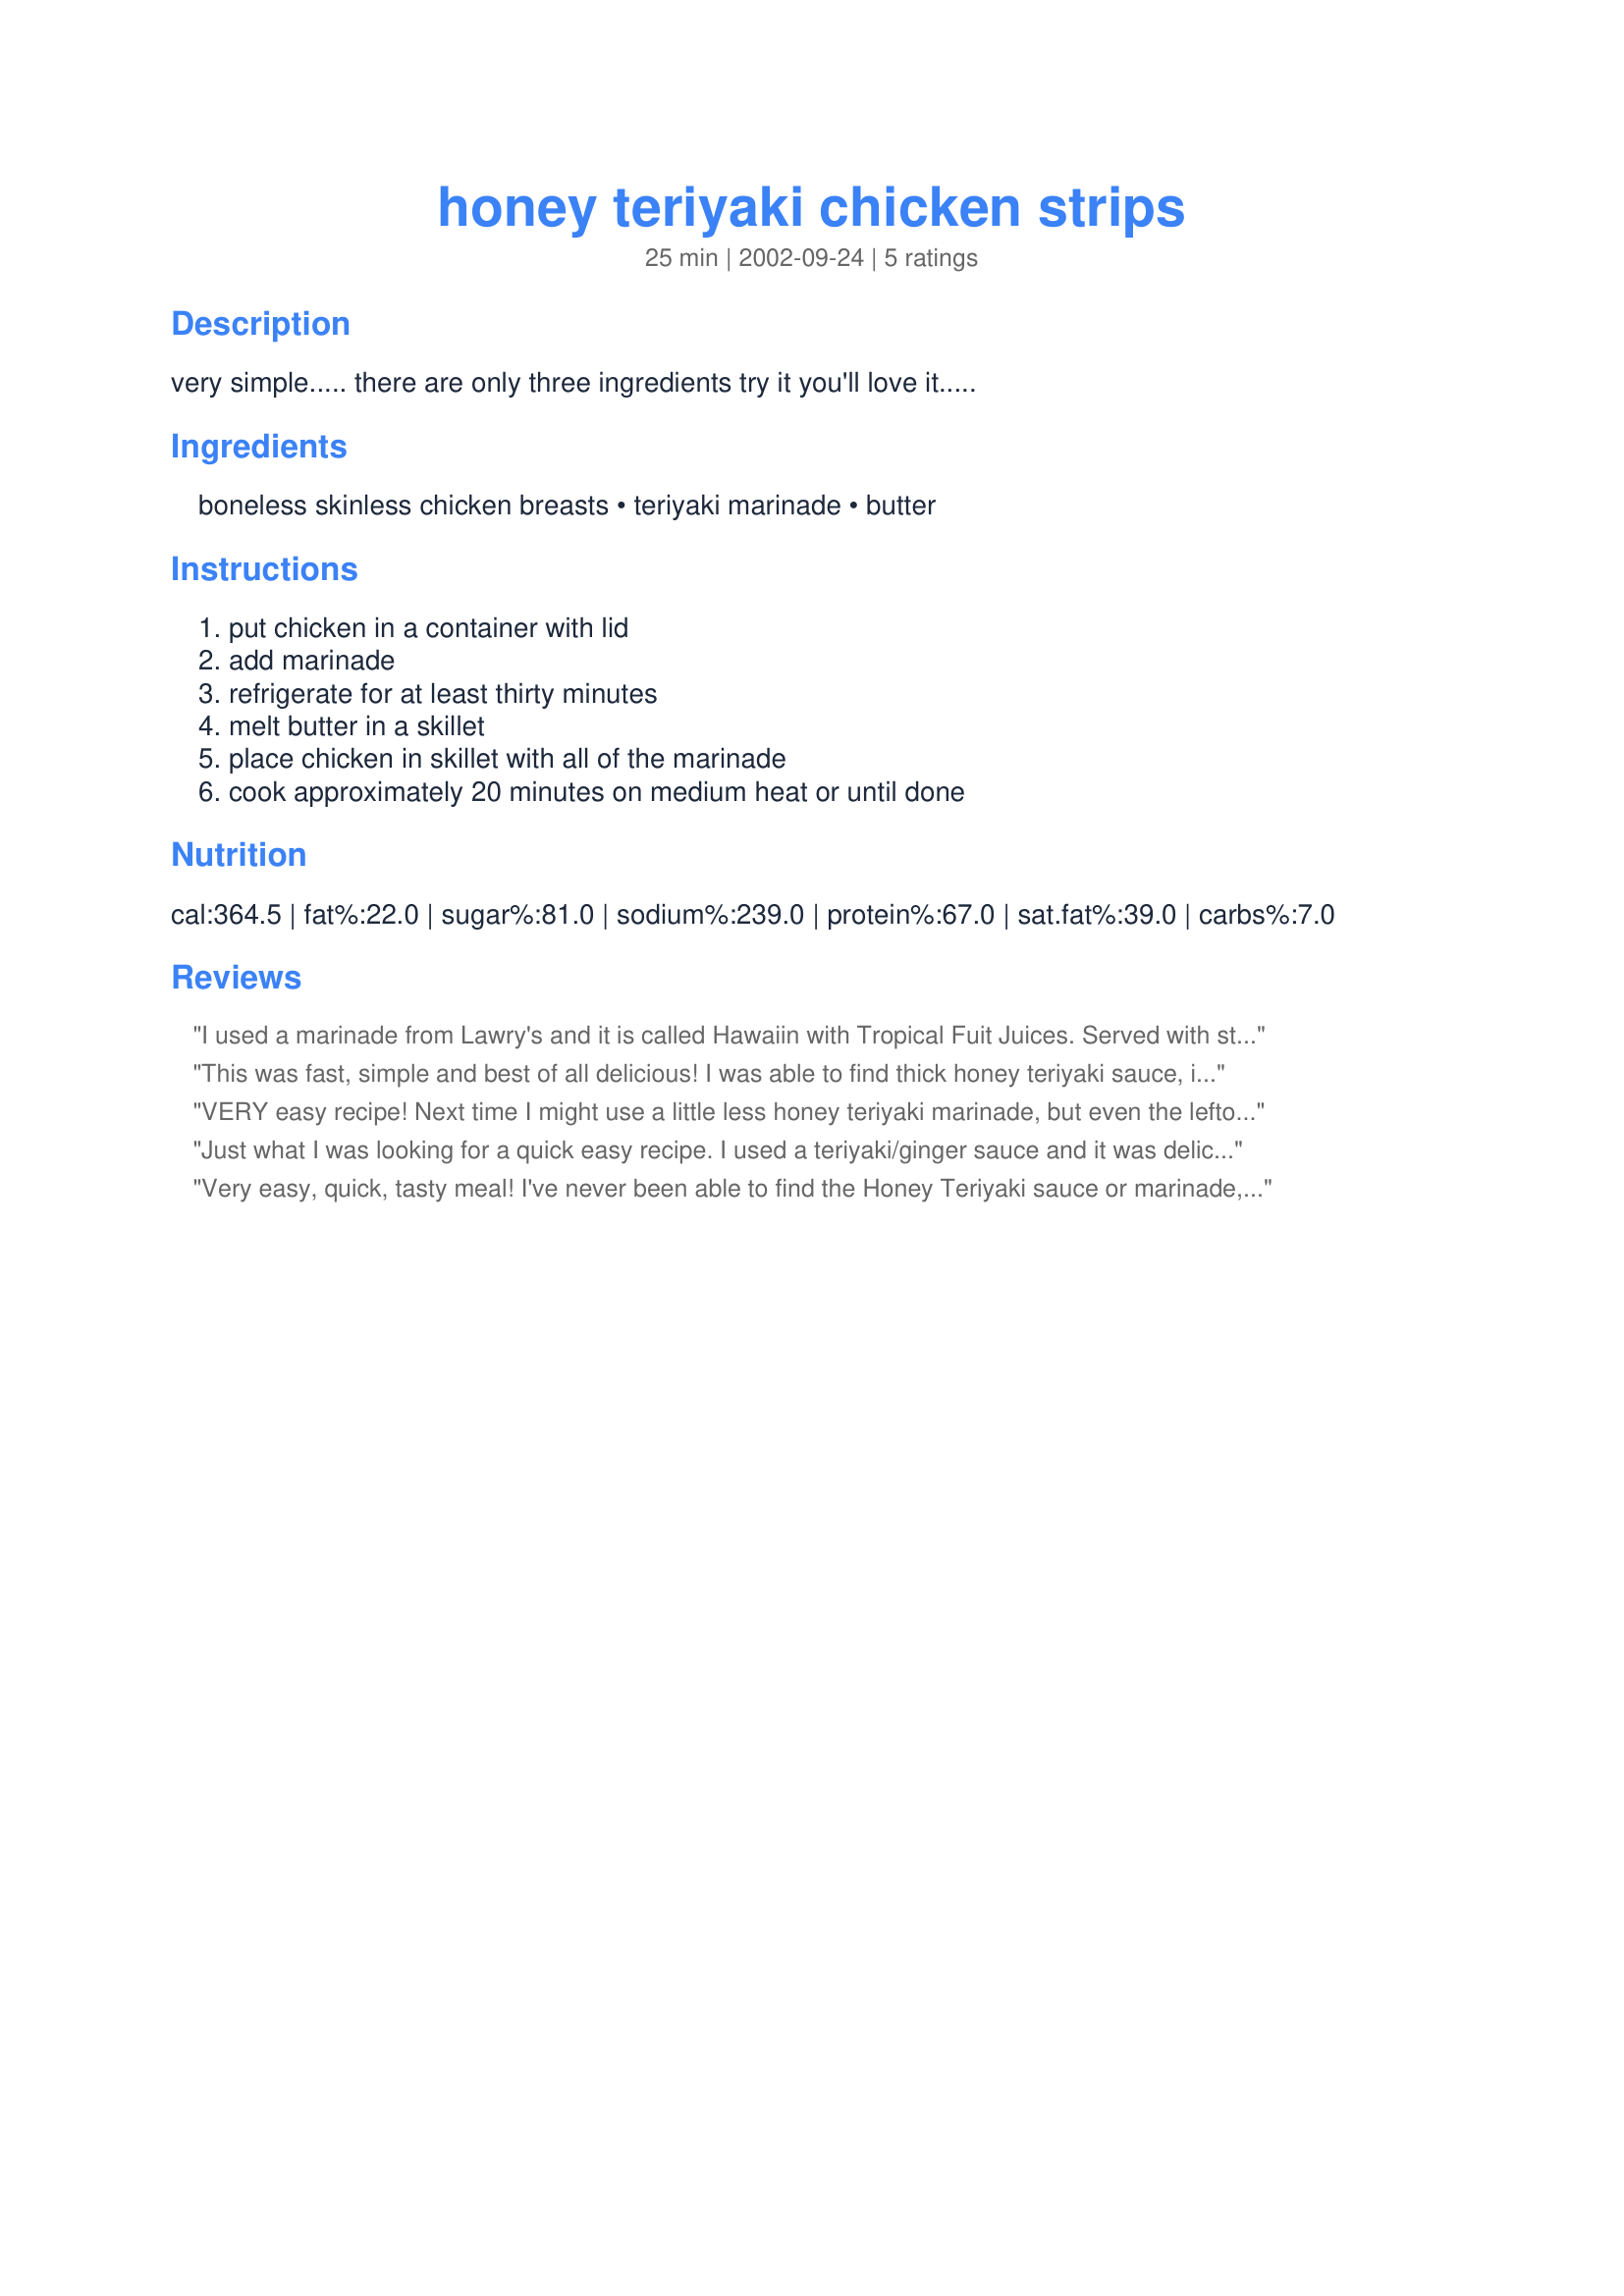
honey teriyaki chicken strips
Preparation time: 25 minutes

very simple..... there are only three ingredients try it you'll love it.....

Ingredients:
boneless skinless chicken breasts, teriyaki marinade, butter

Steps:
put chicken in a container with lid, add marinade, refrigerate for at least thirty minutes, melt butter in a skillet, place chicken in skillet with all of the marinade, cook approximately 20 minutes on medium heat or until done

Reviews:
I used a marinade from Lawry's and it is called Hawaiin with Tropical Fuit Juices.
Served with steamed broccoli and white rice.
Excellent tasting meal.
This was fast, simple and best of all delicious! I was able to find thick honey teriyaki sauce, it was so good! I also added sliced green onion and broccoli to the pan when cooking the chicken and served it on top of white rice. We enjoyed this dinner and I can't wait for the leftovers for lunch today. Thanks for a recipe I will use again and again. I would love to use shrimp!
VERY easy recipe! Next time I might use a little less honey teriyaki marinade, but even the leftovers were delicious when reheated! served over white rice.
Just what I was looking for a quick easy recipe. I used a teriyaki/ginger sauce and it was delicious
Very easy, quick, tasty meal! I've never been able to find the Honey Teriyaki sauce or marinade, but I have tried Kikkoman's Teriyaki glaze and once even mixed a normal Teriyaki marinade with a Hawaiian marinade and both times, it was great. My husband especially loves this recipe. You might want to refrain from pouring all the sauce into the pan to cook the chicken. That way, you're able to get some carmelization going on the chicken and the flavor gets a huge boost! I added pineapple chunks to the chicken just before serving and accompanied it with rice and broccoli/carrot stir fry.
